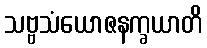
သဗ္ဗသံယောဇနက္ခယာတိ